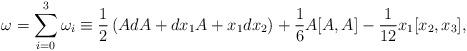
LaTeX: \begin{align*}\omega=\sum_{i=0}^3\omega_i \equiv \frac12 \left(AdA + dx_1 A+ x_1dx_2\right) + \frac16 A[A,A] - \frac{1}{12}x_1[x_2,x_3],\end{align*}